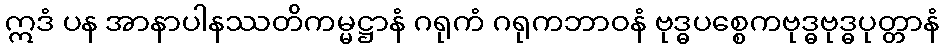
ဣဒံ ပန အာနာပါနဿတိကမ္မဋ္ဌာနံ ဂရုကံ ဂရုကဘာဝနံ ဗုဒ္ဓပစ္စေကဗုဒ္ဓဗုဒ္ဓပုတ္တာနံ